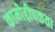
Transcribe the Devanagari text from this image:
कामोद्दीपकता